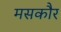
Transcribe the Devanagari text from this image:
मसकौर